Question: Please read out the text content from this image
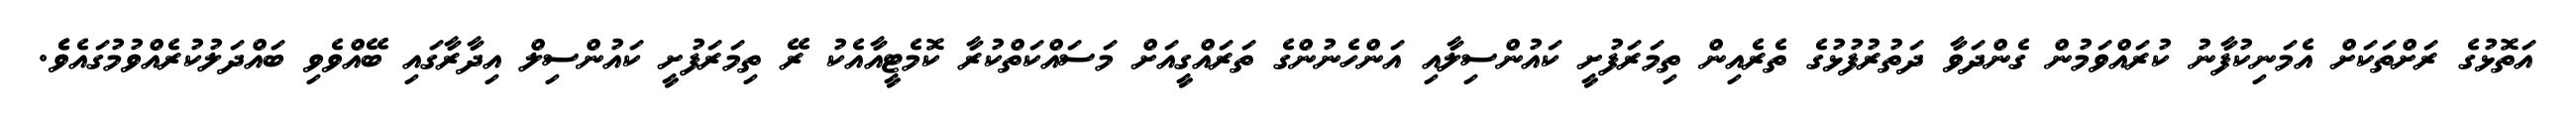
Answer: އަތޮޅުގެ ރަށްތަކަށް އެމަނިކުފާނު ކުރައްވަމުން ގެންދަވާ ދަތުރުފުޅުގެ ތެރެއިން ތިމަރަފުށީ ކައުންސިލާއި އަންހެނުންގެ ތަރައްގީއަށް މަސައްކަތްކުރާ ކޮމެޓީއާއެކު ރޭ ތިމަރަފުށީ ކައުންސިލް އިދާރާގައި ބޭއްވެވި ބައްދަލުކުރެއްވުމުގައެވެެ.